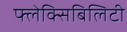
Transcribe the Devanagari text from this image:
फ्लेक्सिबिलिटी